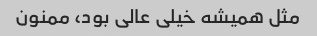
مثل همیشه خیلی عالی بود، ممنون